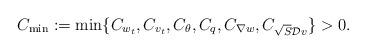
\begin{align*}C_{\min} := \min\{C_{w_{t}}, C_{v_{t}}, C_{\theta}, C_{q}, C_{\nabla w}, C_{\sqrt{S} \mathcal{D} v}\} > 0. \end{align*}